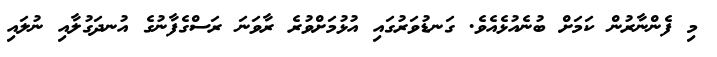
މި ފެންނާރުން ކަމަށް ބުނެއުޅެއެވެ. ގަނޑުވަރުގައި އުޅުމަށްވުރެ ރާވަނަ ރަސްގެފާނުގެ އުނދަގުލާއި ނުލައި